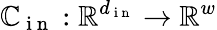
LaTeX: \mathbb{C}_{\mathrm{{~i~n~}}}:\mathbb{{R}}^{d_{\mathrm{{~i~n~}}}}\rightarrow\mathbb{{R}}^{w}